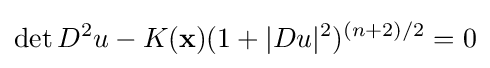
\det D^{2}u-K(\mathbf {x} )(1+|Du|^{2})^{(n+2)/2}=0